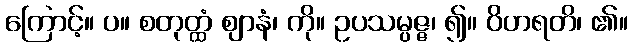
ကြောင့်။ ပ။ စတုတ္ထံ ဈာနံ၊ ကို။ ဥပသမ္ပဇ္ဇ၊ ၍။ ဝိဟရတိ၊ ၏။